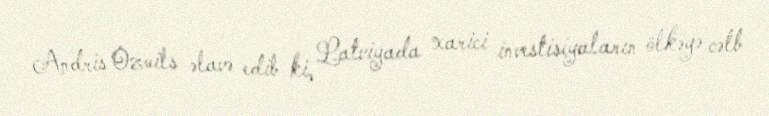
Andris Ozoils əlavə edib ki, Latviyada xarici investisiyaların ölkəyə cəlb